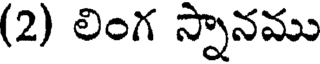
(2) లింగ స్నానము